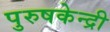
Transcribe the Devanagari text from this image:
पुरुषकेन्द्री